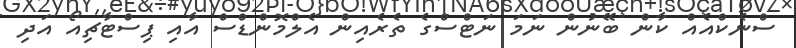
ސްނެކްއެއް ކާން ބޭނުން ނަމަ ނަޓްސްގެ ތެރެއިން އެލްމޮންޑްސް އާއި ޕިސްޓާޗިއޯ އަދި